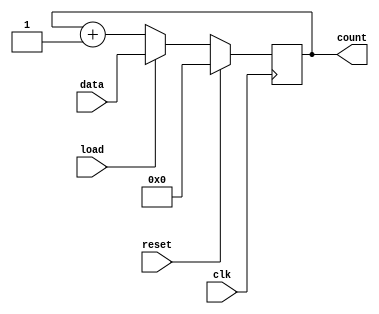
module LoadableCounter (
    input wire clk,          // Clock signal
    input wire load,        // Load control signal
    input wire reset,       // Reset control signal
    input wire [7:0] data,  // Load value (8-bit input)
    output reg [7:0] count   // Counter value (8-bit output)
);

    // On the rising edge of the clock
    always @(posedge clk) begin
        if (reset) begin
            // Reset the counter to zero
            count <= 8'b0;
        end else if (load) begin
            // Load the value from the input bus
            count <= data;
        end else begin
            // Increment the counter
            count <= count + 1;
        end
    end

endmodule